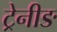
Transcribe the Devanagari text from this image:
ट्रेनीङ